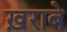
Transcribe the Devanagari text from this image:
ख़राबे